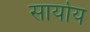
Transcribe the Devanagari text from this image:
सार्याय